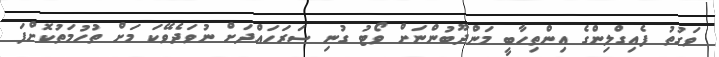
ވަގުތު ފެއިގްލިންގެ އިންތިހާބީ މަންދޫބުންނަށް ވޯޓު ގުނި ސަރަހައްދަށް ނުވަދެވޭކަ މަށް ތުހުމަތުކޮށްފަ